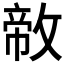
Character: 𪯐